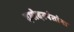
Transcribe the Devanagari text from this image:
दमोदरपंतांना